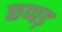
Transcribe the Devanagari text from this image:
छप्पड़